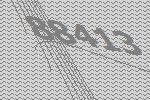
88413